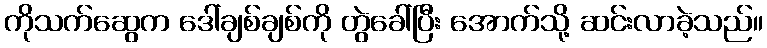
ကိုသက်ဆွေက ဒေါ်ချစ်ချစ်ကို တွဲခေါ်ပြီး အောက်သို့ ဆင်းလာခဲ့သည်။